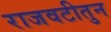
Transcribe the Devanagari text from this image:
राजवटीतुन